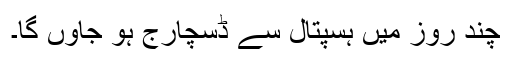
چند روز میں ہسپتال سے ڈسچارج ہو جاوں گا۔